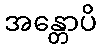
အန္တောပိ